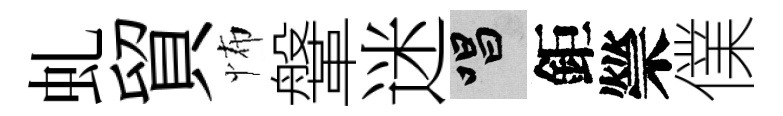
虬貿怖鞶迷唱鉅禜㒒